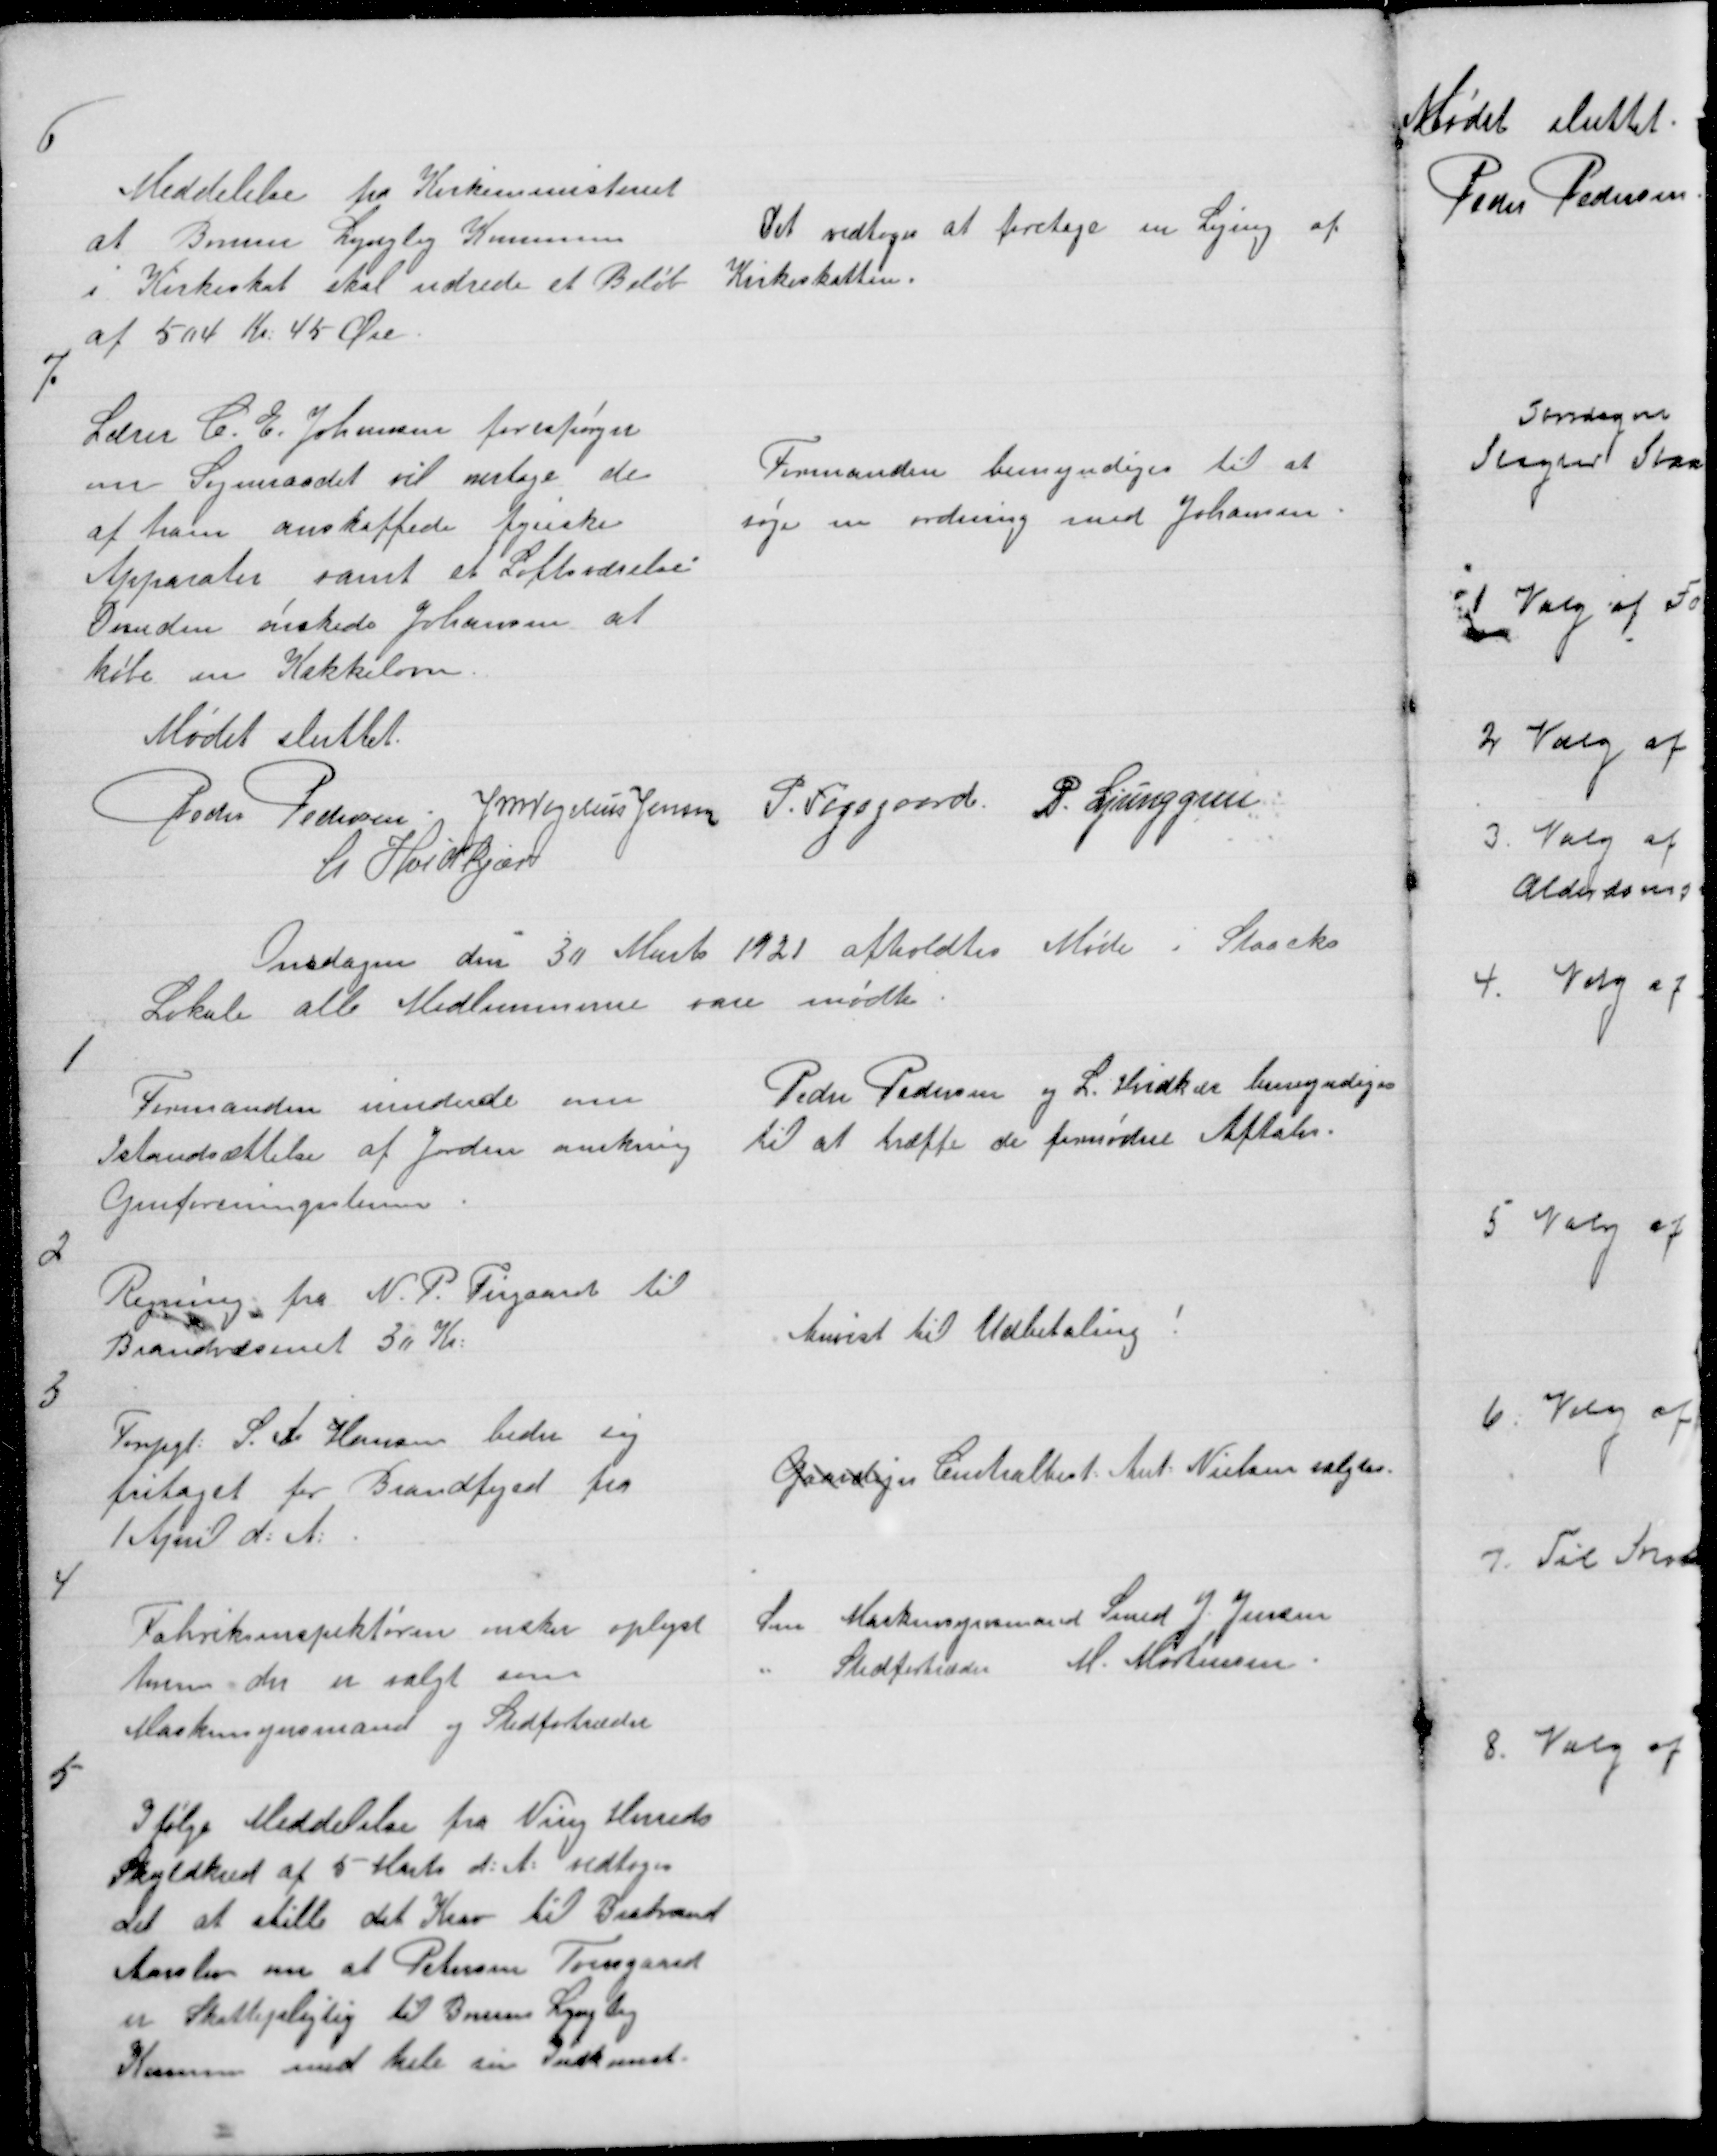
Transskription:
6

Meddelelse fra Kirkeministeriet
at Borum Lyngby Kommune
i Kirkeskat skal udrede et Beløb
af 504 Kr: 45 Øre

Det vedtoges at foretage en Liging af
Kirkeskatten.

7

Lærer C. E. Johansen forespørger
om Sogneraadet vil overtage de
af ham anskaffede fysiske
Apparater samt et Loftsværelse.
Desuden ønskede Johansen at
købe en Kakkelovn.

Formanden bemyndiges til at
søge en ordning med Johansen.

Mødet sluttet.
Peder Pedersen J M Vogelius Jensen P. Fogsgaard P. Ljunggren
L Hvidkjær

Onsdagen den 30 Marts 1921 afholdtes Møde i Staacks
Lokale alle Medlemmerne vare mødte

1

Formanden erindrede om
Istandsættelse af Jorden omkring
Genforeningsstenen.

Peder Pedersen og L. Hvidkær bemyndigedes
til at træffe de fornødne Aftaler.

2

Regning fra N. P.  Firgaard til
Brandvæsenet 30 Kr:

Anvist til Udbetaling !

3

Forpgt: S. A. Hansen beder sig
fritaget for Brandfoged fra
1 April d: A:

Gaardejer Centralbest: Ant: Nielsen valgtes.

4

Fabriksinspektøren ønsker oplyst
hvem der er valgt som
Maskinsynsmand og Stedfortræder

Som Maskinsynsmand Smed J. Jensen
" Stedfortræder M. Mortensen.

5

I følge Meddelelse fra Ning Herreds
Skyldkred af 5 Marts d: A: vedtoges
det at stille et Krav til Brabrand
Aarslev om at Petersen Torsøgaard
er Skattepligtig til Borum Lyngby
Komm med hele sin Indkomst.